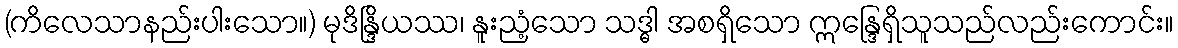
(ကိလေသာနည်းပါးသော။) မုဒိန္ဒြိယဿ၊ နူးညံ့သော သဒ္ဓါ အစရှိသော ဣန္ဒြေရှိသူသည်လည်းကောင်း။